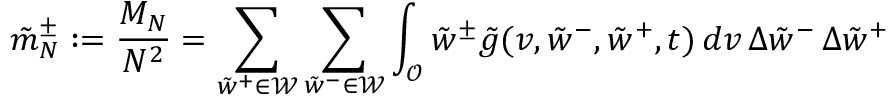
\tilde { m } _ { N } ^ { \pm } : = \frac { M _ { N } } { N ^ { 2 } } = \sum _ { \tilde { w } ^ { + } \in \mathcal { W } } \sum _ { \tilde { w } ^ { - } \in \mathcal { W } } \int _ { \mathcal { O } } \tilde { w } ^ { \pm } \tilde { g } ( v , \tilde { w } ^ { - } , \tilde { w } ^ { + } , t ) \, d v \, \Delta { \tilde { w } ^ { - } } \, \Delta { \tilde { w } ^ { + } }